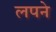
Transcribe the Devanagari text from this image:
लपने